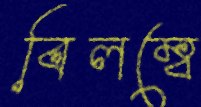
বিলম্বে